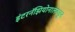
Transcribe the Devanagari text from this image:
इंटरनॅझियोनालकडून